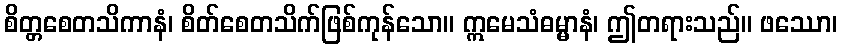
စိတ္တစေတသိကာနံ၊ စိတ်စေတသိက်ဖြစ်ကုန်သော။ ဣမေသံဓမ္မာနံ၊ ဤတရားသည်။ ဖဿော၊